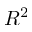
R ^ { 2 }